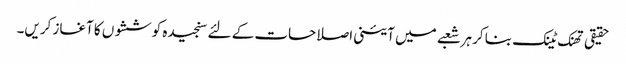
حقیقی تھنک ٹینک بنا کر ہر شعبے میں آئینی اصلاحات کے لئے سنجیدہ کوششوں کا آغاز کریں۔